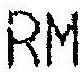
RM